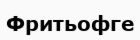
Фритьофге